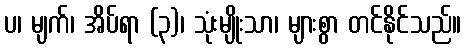
ပ၊ မျက်၊ အိပ်ရာ (၃)၊ သုံးမျိုးသာ၊ များစွာ တင်နိုင်သည်။